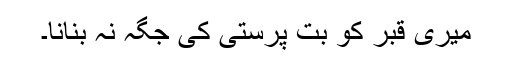
میری قبر کو بت پرستی کی جگہ نہ بنانا۔